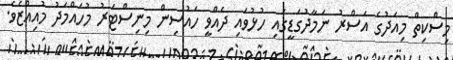
މިސްކިތް މިއަދުގެ އަސްރު ނަމާދުގަޑީގައި ހުޅުވައި ދެއްވީ ހައުސިން މިނިސްޓަރު މުހައްމަދު މުއިއްޒެވެ.